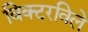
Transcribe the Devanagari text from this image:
विक्टरविले